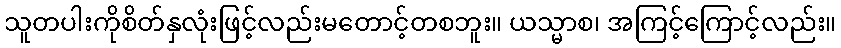
သူတပါးကိုစိတ်နှလုံးဖြင့်လည်းမတောင့်တစဘူး။ ယသ္မာစ၊ အကြင့်ကြောင့်လည်း။